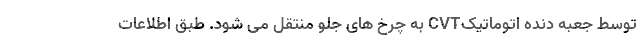
توسط جعبه دنده اتوماتیکCVT به چرخ های جلو منتقل می شود. طبق اطلاعات